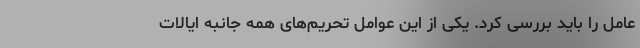
عامل را باید بررسی کرد. یکی از این عوامل تحریم‌های همه جانبه ایالات